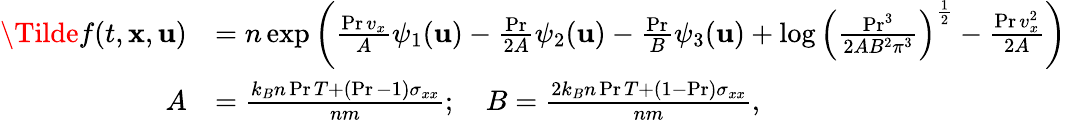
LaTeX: \begin{array}{rl}{\Tilde{f}(t,\mathbf{x},\mathbf{u})}&{=n\exp\left(\frac{\operatorname*{Pr}v_{x}}{A}\psi_{1}(\mathbf{u})-\frac{\operatorname*{Pr}}{2A}\psi_{2}(\mathbf{u})-\frac{\operatorname*{Pr}}{B}\psi_{3}(\mathbf{u})+\log\left(\frac{\operatorname*{Pr}^{3}}{2AB^{2}\pi^{3}}\right)^{\frac{1}{2}}-\frac{\operatorname*{Pr}v_{x}^{2}}{2A}\right)}\\ {A}&{=\frac{k_{B}n\operatorname*{Pr}T+(\operatorname*{Pr}-1)\sigma_{xx}}{nm};\quad B=\frac{2k_{B}n\operatorname*{Pr}T+(1-\operatorname*{Pr})\sigma_{xx}}{nm},}\end{array}